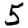
Digit: 5